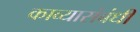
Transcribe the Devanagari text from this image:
काव्यासंबंधी